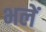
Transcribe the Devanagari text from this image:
भलें